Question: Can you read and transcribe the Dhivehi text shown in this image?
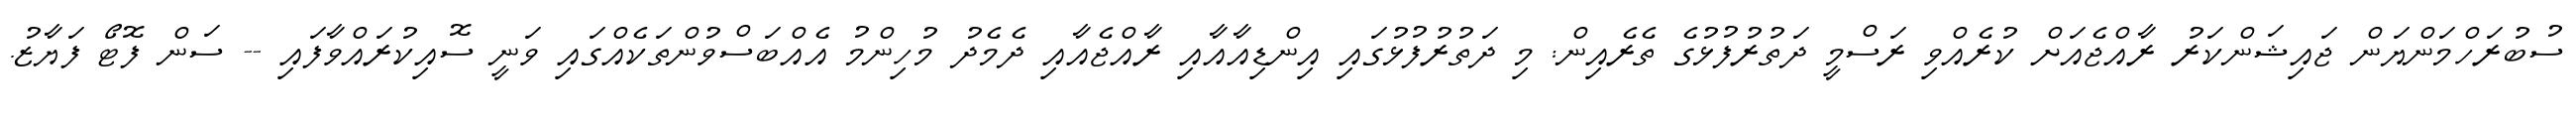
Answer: ސުބުރަހްމަންޔަން ޖައިޝަންކަރު ރާއްޖެއަށް ކުރެއްވި ރަސްމީ ދަތުރުފުޅުގެ ތެރެއިން: މި ދަތުރުފުޅުގައި އިންޑިއާއާއި ރާއްޖެއާއި ދެމެދު މުހިންމު އެއްބަސްވުންތަކެއްގައި ވަނީ ސޮއިކުރައްވާފައި -- ސަން ފޮޓޯ ފަޔާޒު.